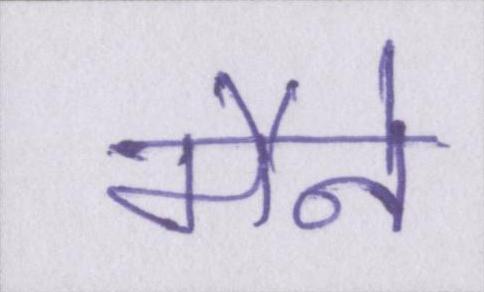
मैने